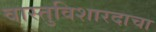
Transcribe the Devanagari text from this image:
वास्तुविशारदाचा